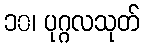
၁၀၊ ပုဂ္ဂလသုတ်